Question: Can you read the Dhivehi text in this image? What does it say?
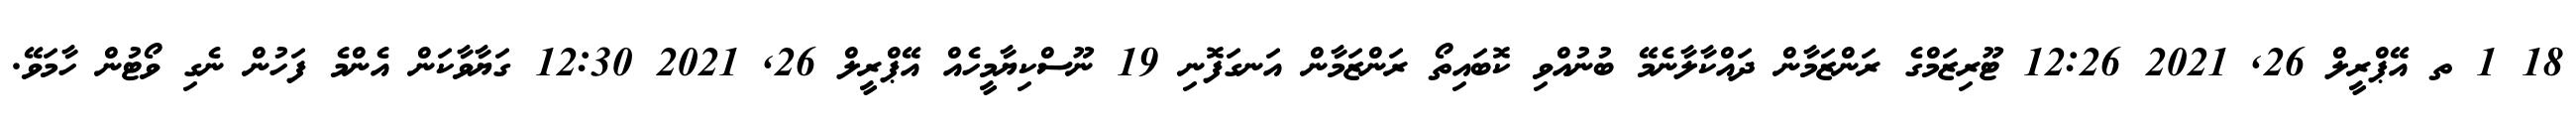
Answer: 18 1 ތ އޭޕްރީލް 26, 2021 12:26 ޓޫރިޒަމްގެ ރަންޒަމާން ދައްކާލާނެމޭ ބުނުއްވި ކޮބައިތޯ ރަންޒަމާން އަނގަފޮނި 19 ނޫސްކިޔާމީހެއް އޭޕްރީލް 26, 2021 12:30 ގަޔާވާކަން އެންމެ ފަހުން ނެގި ވޯޓުން ހާމަވޭ.